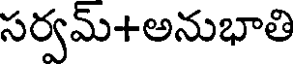
సర్వమ్+అనుభాతి